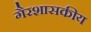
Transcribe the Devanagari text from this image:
गैरशासकीय